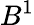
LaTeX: B^{1}